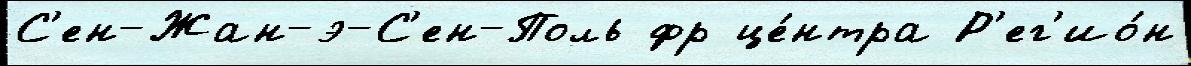
С'ен-Жан-э-С'ен-Поль фр це́нтра Р'ег'ио́н